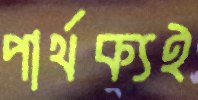
পার্থক্যই